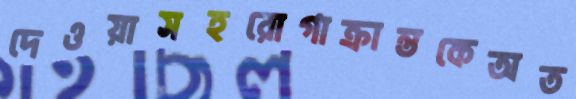
দেওয়াসহরোগাক্রান্তকেঅত